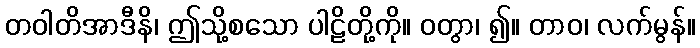
တဝါတိအာဒီနိ၊ ဤသို့စသော ပါဠိတို့ကို။ ဝတွာ၊ ၍။ တာဝ၊ လက်မွန်။